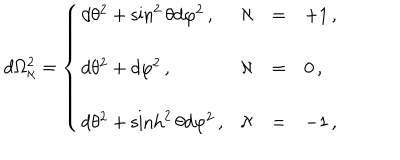
LaTeX: d \Omega _ { \aleph } ^ { 2 } = \left\{ \begin{array} { l r c l } { { d \theta ^ { 2 } + \sin ^ { 2 } { \theta } d \varphi ^ { 2 } \, , \hspace { 1 c m } } } & { { \aleph } } & { { = } } & { { + 1 \, , } } \\ { { } } & { { } } & { { } } & { { } } \\ { { d \theta ^ { 2 } + d \varphi ^ { 2 } \, , } } & { { \aleph } } & { { = } } & { { 0 \, , } } \\ { { } } & { { } } & { { } } & { { } } \\ { { d \theta ^ { 2 } + \sinh ^ { 2 } { \theta } d \varphi ^ { 2 } \, , } } & { { \aleph } } & { { = } } & { { - 1 \, , } } \\ \end{array} \right.